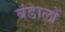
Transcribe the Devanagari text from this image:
बंडालों